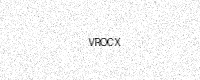
Text: VROCX